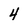
Character: 4